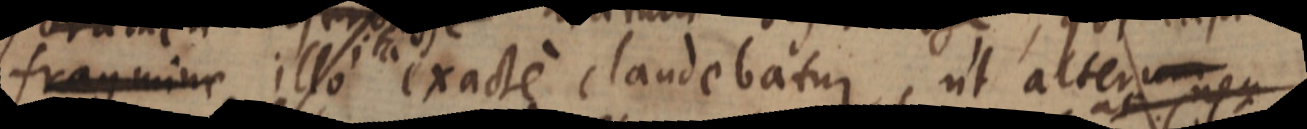
fragmine illo ita exacte claudebatur, ut alter